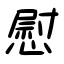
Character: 慰